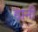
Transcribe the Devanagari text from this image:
ग्रानी